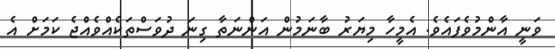
ވަނީ އާންމުވެފައެވެ. އެމީހާ މިޔަރު ބާނަމުން އަންނަތާ ގިނަ ދުވަސްތަކެއްވެއްޖެ ކަމަށް އެ